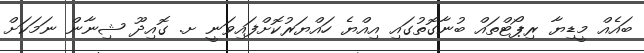
ބައެއް މީޑިޔާ ރިޕޯޓްތައް ބުނާގޮތުގައި އިއްޔެ ހައްޔަރުކޮށްފައިވަނީ ށ. ގޮއިދޫ ޝިނާން ނަމަކަށް